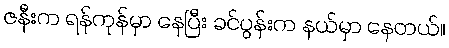
ဇနီးက ရန်ကုန်မှာ နေပြီး ခင်ပွန်းက နယ်မှာ နေတယ်။